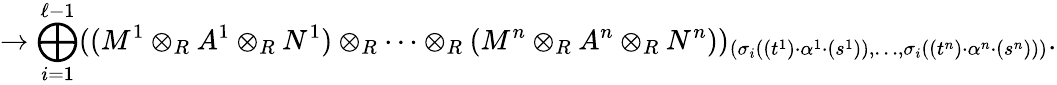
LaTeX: \to\bigoplus_{i=1}^{\ell-1}((M^{1}\otimes_{R}A^{1}\otimes_{R}N^{1})\otimes_{R}\cdots\otimes_{R}(M^{n}\otimes_{R}A^{n}\otimes_{R}N^{n}))_{(\sigma_{i}((t^{1})\cdot\alpha^{1}\cdot(s^{1})),\dots,\sigma_{i}((t^{n})\cdot\alpha^{n}\cdot(s^{n})))}.